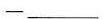
-___